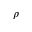
\rho